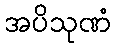
အပိသုဏံ